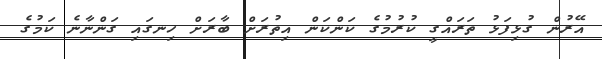
އޭރުން ގުޅިފަޅު ތަރައްގީ ކުރުމުގެ ކަންކަން އިތުރަށް ބާރަށް ހިނގައި ގަންނާނެ ކަމުގެ